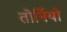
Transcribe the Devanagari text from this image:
तोर्नियो